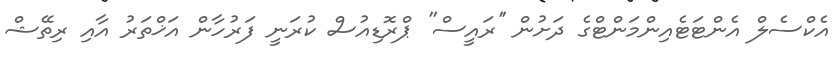
އެކްސެލް އެންޓަޓެއިންމަންޓްގެ ދަށުން ''ރައީސް'' ޕްރޮޑިއުސް ކުރަނީ ފަރުހާން އަޚްތަރު އާއި ރިތޭޝް